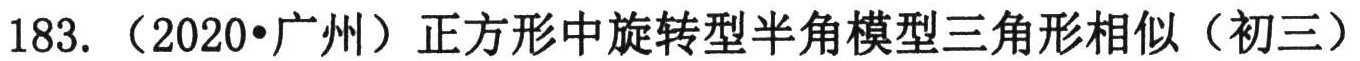
183. （2020•广州）正方形中旋转型半角模型三角形相似（初三）